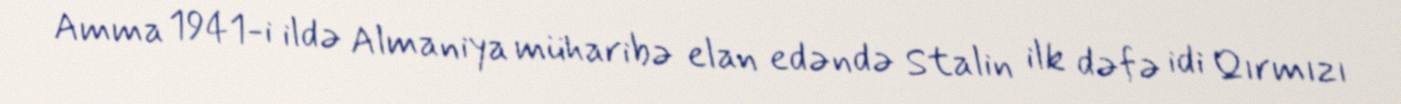
Amma 1941-i ildə Almaniya müharibə elan edəndə Stalin ilk dəfə idi Qırmızı